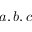
a , b , c